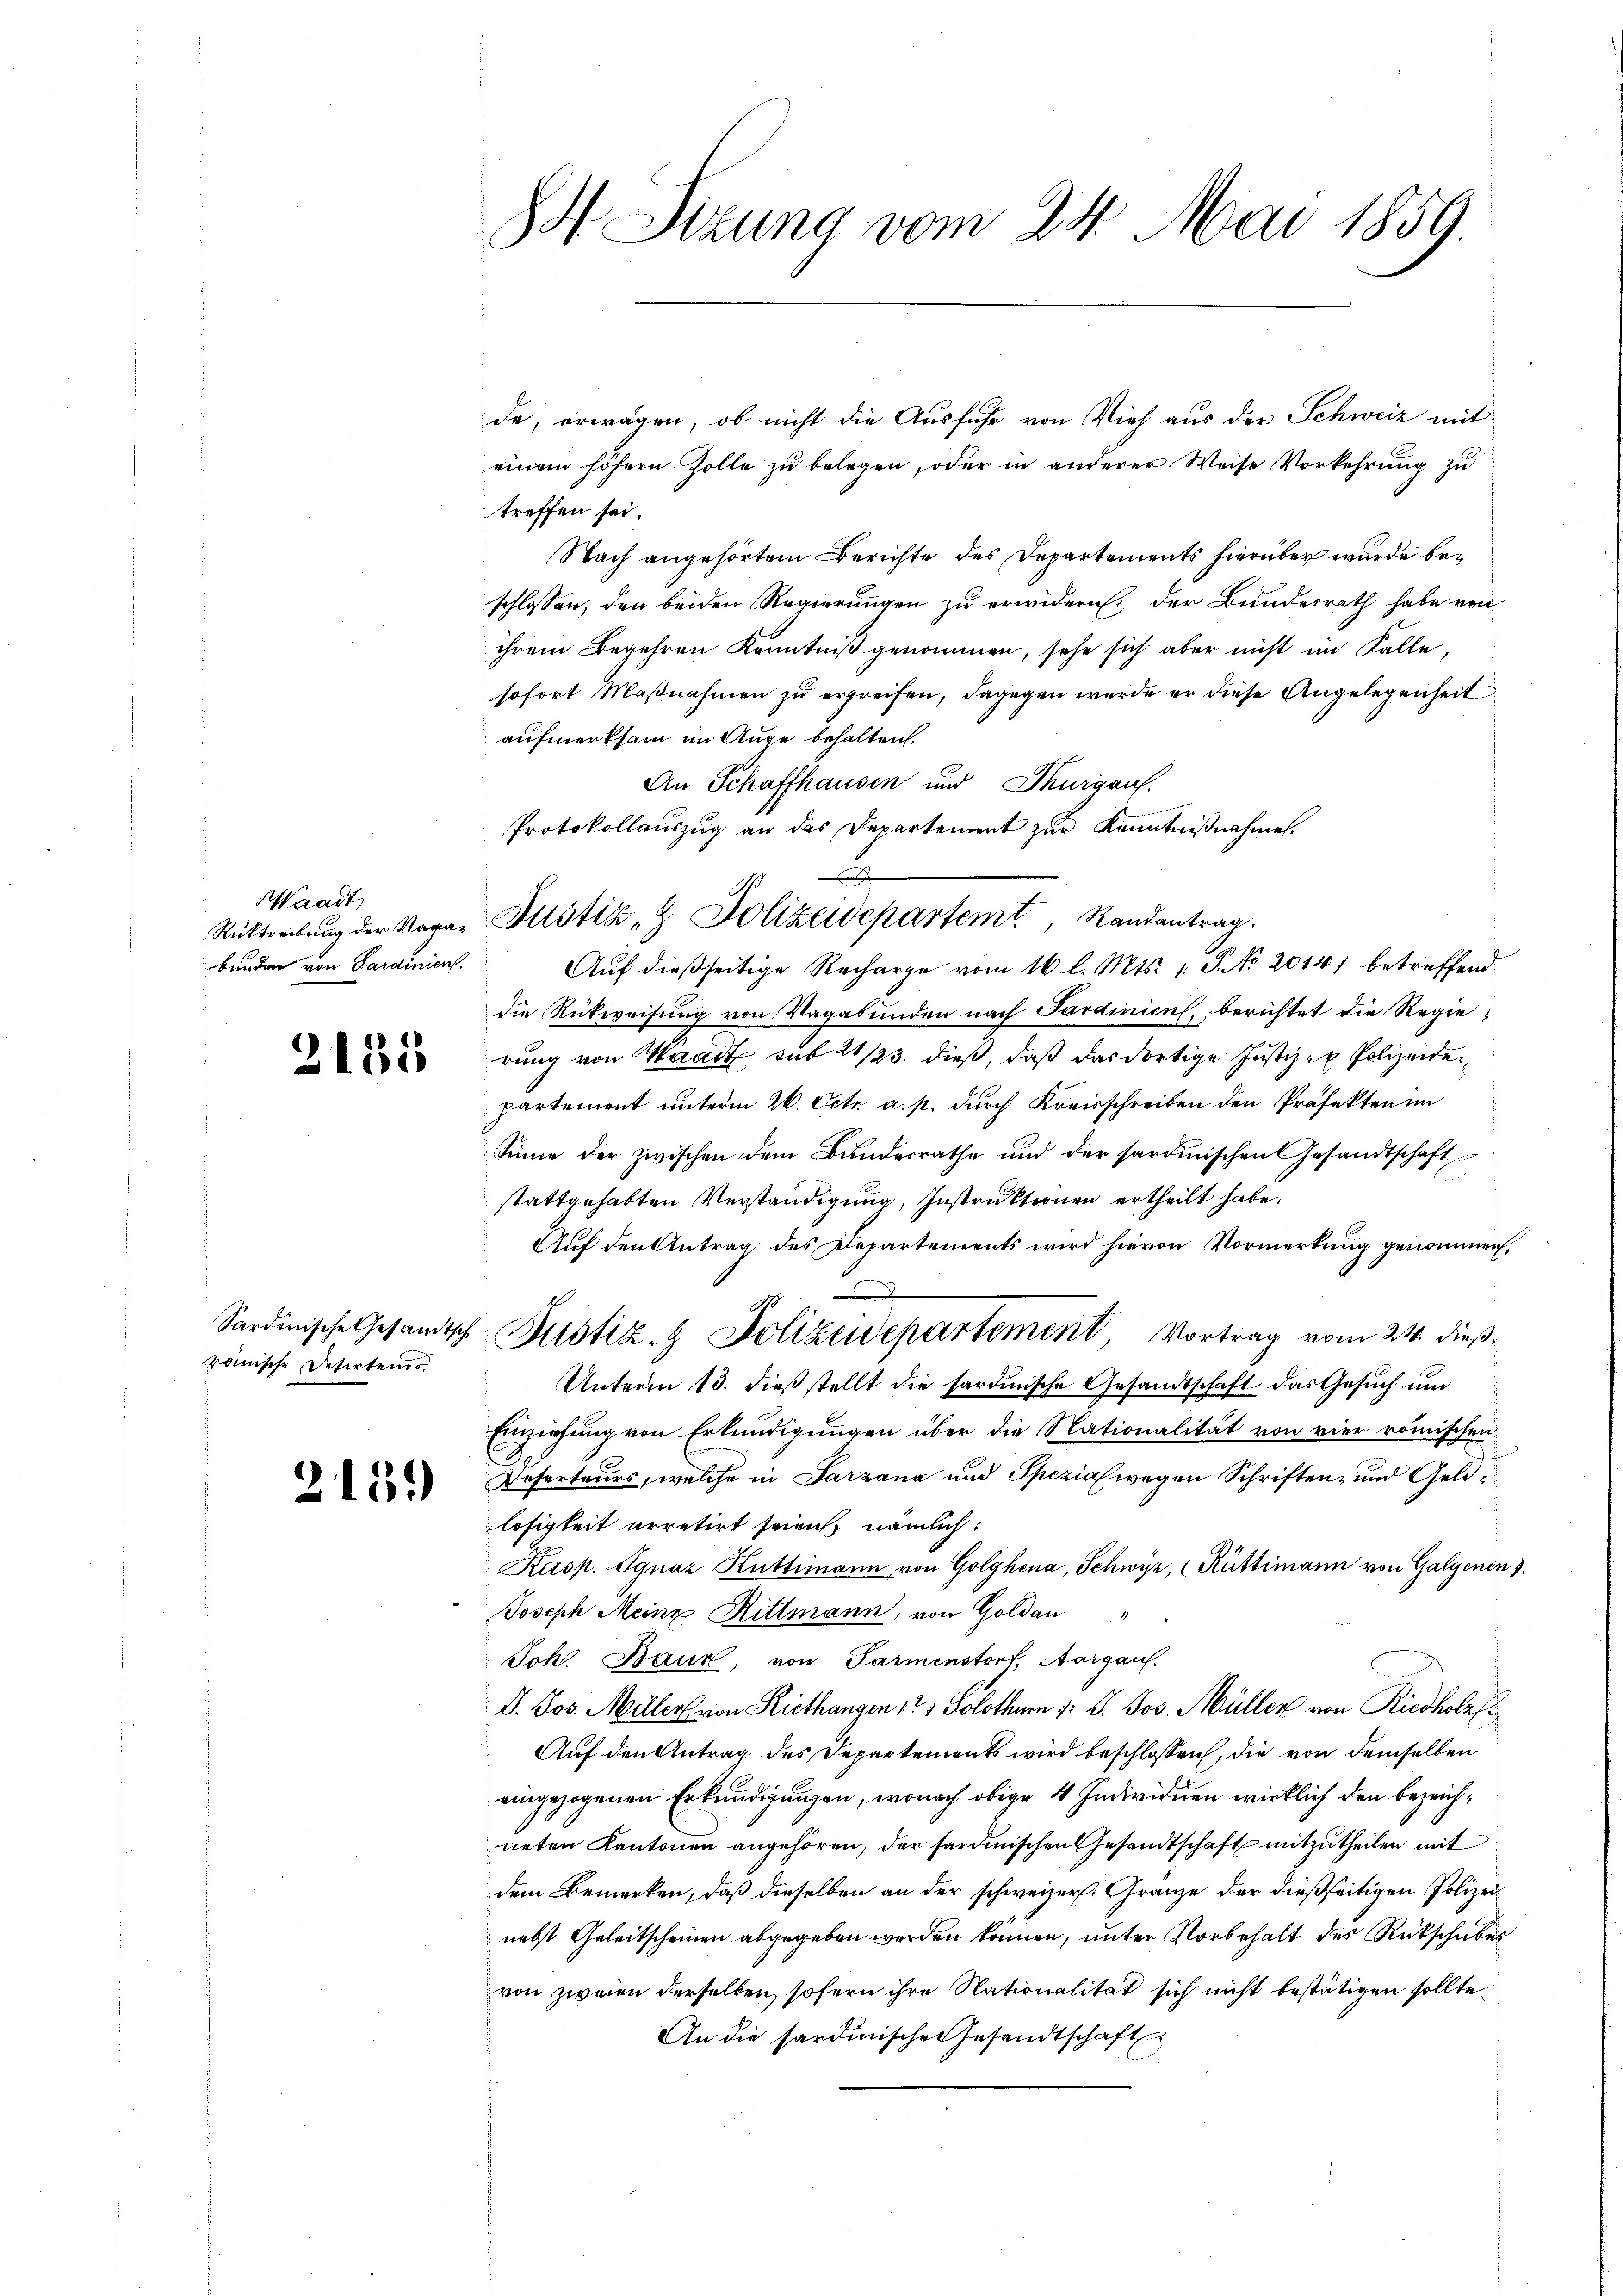
Waadt,
bunden von Sardinien.

2135

römische Defirtener

2139

IH Sizung vom 24. Mai 1859.

de, erwagen, ob nicht die Ausfuhr von Vieh aus der Schweiz mit
einem höhern Zolle zu belegen, oder in anderer Weise Vorkehrung zu
treffen sei.
Nach angehörtem Berichte des Departements hierüber wurde beschlossen, den beiden Regierungen zu erwidern der Bundesrath habe von
ihrem Begehren Kenntniß genommen, sehe sich aber nicht im Falle,
sofort Maßnahmen zu ergreifen, dagegen werde er diese Angelegenheit
aufmerksam im Auge behalten.
An Schaffhausen und Thurgauf.
Protokollauszug an das Departement zur Kenntnißnahme.
Aŭf dießseitige Recharge vom 16. l. Mts. 1. J. No 20141 betreffend
die Rückweisung von Vagabunden nach Sardinien, berichtet die Regierung von Waadt sub 21/23. dieß, daß das dortige Justiz er Polizeiden
partement unterm 26. Octr. a. p. durch Kreisschreiben den Präfekten im
Sinne der zwischen dem Bŭndesrathe und der sardinischen Gesandtschaft
stattgehabten Verständigung, Instruktionen ertheilt habe.
Auf den Antrag des Departements wird hievon Vormerkung genommen,
Sardinische Gesandtsch Justiz- & Polizeidepartement, Vortrag vom 24. dieß.
Unterm 13. dieß stellt die sardinische Gesandtschaft das Gesuch und
Einziehung von Erkundigungen über die Nationalität von vier römischen
Deserteurs, welche in Parzana und Spezialwegen Schriften- und Geldlosigkeit arretirt seien, nämlich:
Kasp. Ignaz Rüttimann von Golghena, Schwyz, (Rüttimann von Galgenen
Joseph Meine Rittmann, von Goldau
Johl. Baur, von Parmenstorf, Aargaus.
D. Jos. Miller von Riethangen 17, Solothur 1: J. Jos. Müller von Riedhofess
Auf den Antrag des Departements wird beschlossen, die von demselben
eingezogenen Erkundigungen, wonach obige 4 Individuen wirklich den bezeichneten Kantonen angehören, der sardinischen Gesandtschaft mitzutheilen mit
dem Bemerken, daß dieselben an der schweizer. Gränze der dießseitigen Polizeinebst Geleitscheinen abgegeben werden können, unter Vorbehalt des Rückschuber
von zweien derselben, sofern ihre Nationalität sich nicht bestätigen sollte.
An die sardinischen Gesandtschaft

Rücktreibŭng der Vaga- Justiz- & Polizeidepartemt, Randantrag.